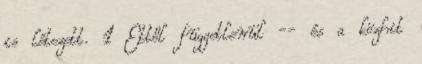
is létezett. 1 Ettől függetlenül -- és a közhit